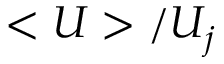
< U > / U _ { j }